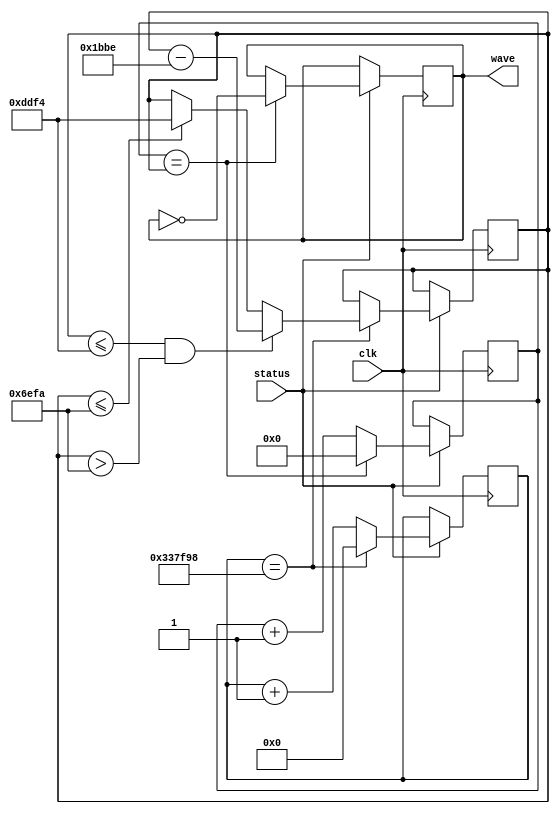
`timescale 1ns / 1ps
//////////////////////////////////////////////////////////////////////////////////
// Company: 
// Engineer: 
// 
// Design Name: 
// Module Name: siren
// Project Name: 
// Target Devices: 
// Tool Versions: 
// Description: 
// 
// Dependencies: 
// 
// Revision:
// Revision 0.01 - File Created
// Additional Comments:
// 
//////////////////////////////////////////////////////////////////////////////////


module siren( input clk, status,
    output wave 
    );
    // status on is 1
    parameter full = 56820; // time period for 440 hz
    parameter half = 28410; // time period for 880 hz
    parameter slow = 25000000;
    //parameter slow = 2000;
    reg [15:0] count = 0;
    reg [15:0] thresh = full;
    reg [27:0] count2 = 0;
    reg [20:0] change = 0;
    reg wave_reg = 1;
    reg add = 0; // if add = 1 go from 440 to 880 else 880 to 440

    // 2 seconds of each freq
    assign wave = wave_reg;
    
    // count to threshold, reverse audio, reset count
     always @(posedge clk) begin
        if (status) begin
            if (count == thresh) begin
                wave_reg <= ~wave_reg;
                count <= 0;
            end else begin
                count <= count +1;
           end
           /* 
           if (count2 == slow) begin
                case (thresh) 
                    half : begin 
                        thresh <= full;
                    end
                    full : begin
                        thresh <= half;
                    end
                default : thresh <= full;
                endcase
                count2 <= 0;
            end
            */
            // change threshold every couple seconds based on a slow clock 
//            if (count2 == slow) begin
//                case (thresh) 
//                    half : begin 
//                        thresh <= full;
//                        add <= 0;
//                    end
//                    full : begin
//                        thresh <= half;
//                        add <= 1;
//                    end
//                    default : begin
//                        case(add) 
//                                1'b0 : thresh <= thresh - slow/2;
//                                1'b1 : thresh <= thresh + slow/2;
//                        endcase
//                    end
//                endcase
//                count2 <= 0;
//            end
            if(count2 == 3375000) begin
                count2 <= 0;                
                if(thresh <= full && thresh > half) begin
                      thresh <= thresh - full/8;
                end else if (thresh <= half) begin
                      thresh <= full; //thresh + full/8;
                end
            end else begin   
                count2 <= count2 + 1;
            end
            
        end
     end

    

endmodule